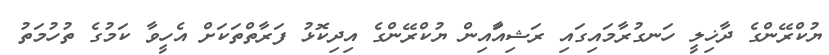
ޔުކްރޭންގެ ދާޚިލީ ހަނގުރާމައިގައި ރަޝިއާައިން ޔުކްރޭންގެ އިދިކޮޅު ފަރާތްތަކަށް އެހީވާ ކަމުގެ ތުހުމަތު